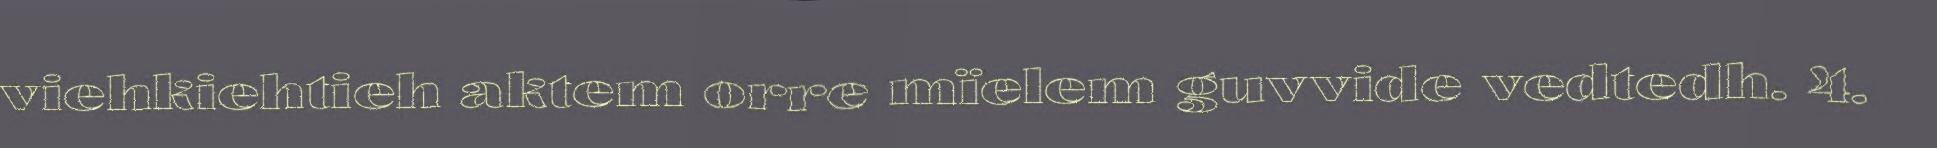
viehkiehtieh aktem orre mïelem guvvide vedtedh. 4.